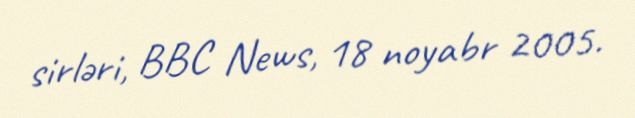
sirləri, BBC News, 18 noyabr 2005.